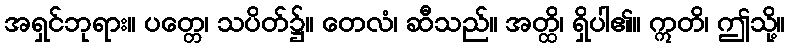
အရှင်ဘုရား။ ပတ္တေ၊ သပိတ်၌။ တေလံ၊ ဆီသည်။ အတ္ထိ၊ ရှိပါ၏။ ဣတိ၊ ဤသို့။